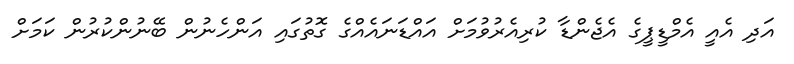
އަދި އެއީ އެމްޑީޕީގެ އެޖެންޑާ ކުރިއެރުވުމަށް އައްޑަނައެއްގެ ގޮތުގައި އަންހެނުން ބޭނުންކުރުން ކަމަށް